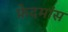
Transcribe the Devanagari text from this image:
फ्रेदमांस